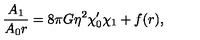
{ \frac { A _ { 1 } } { A _ { 0 } r } } = 8 \pi G \eta ^ { 2 } \chi _ { 0 } ^ { \prime } \chi _ { 1 } + f ( r ) ,